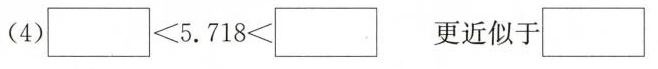
(4) $$□ ＜ 5 . 7 1 8 ＜ □$$ 更近似于□